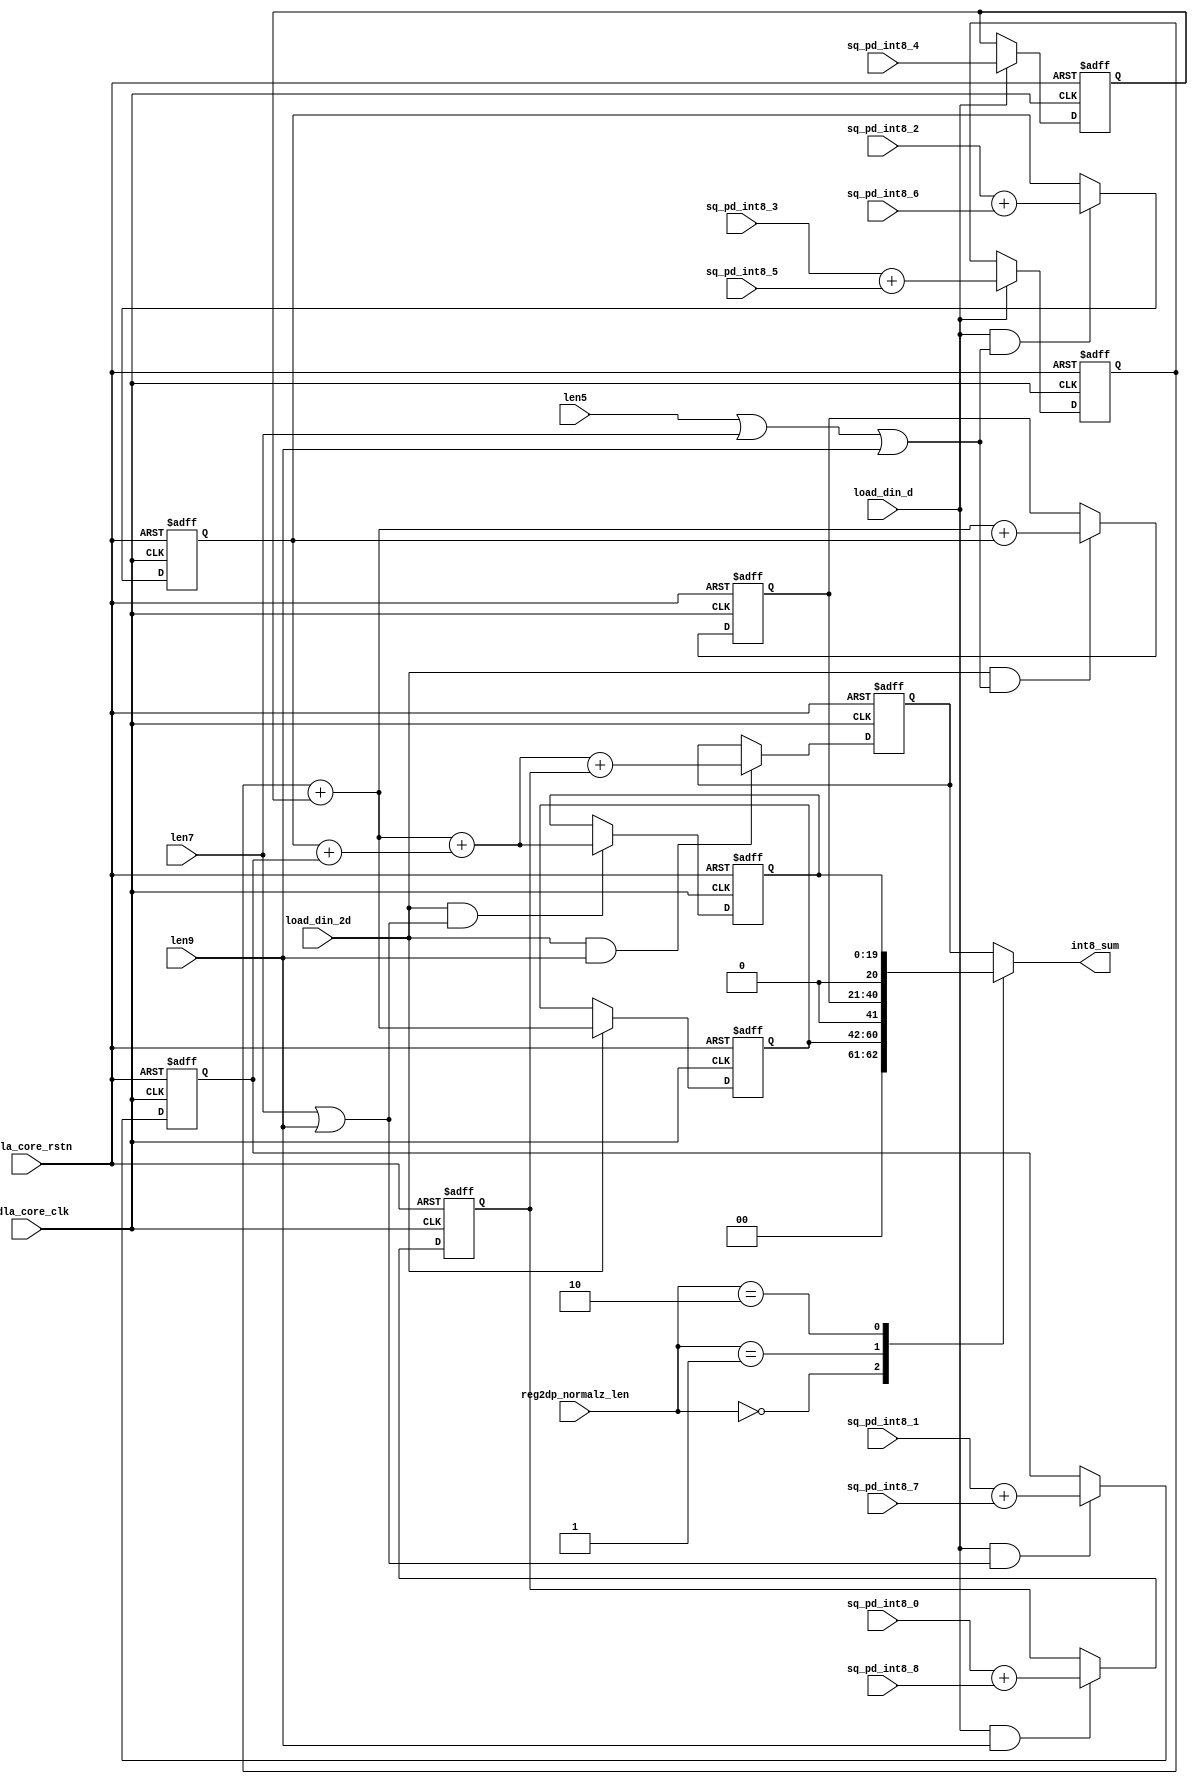
// This program was cloned from: https://github.com/TILOS-AI-Institute/MacroPlacement
// License: BSD 3-Clause "New" or "Revised" License

// ================================================================
// NVDLA Open Source Project
//
// Copyright(c) 2016 - 2017 NVIDIA Corporation. Licensed under the
// NVDLA Open Hardware License; Check "LICENSE" which comes with
// this distribution for more information.
// ================================================================
module int_sum_block_tp1 (
   nvdla_core_clk
  ,nvdla_core_rstn
  ,len5
  ,len7
  ,len9
  ,load_din_2d
  ,load_din_d
  ,reg2dp_normalz_len
  ,sq_pd_int8_0
  ,sq_pd_int8_1
  ,sq_pd_int8_2
  ,sq_pd_int8_3
  ,sq_pd_int8_4
  ,sq_pd_int8_5
  ,sq_pd_int8_6
  ,sq_pd_int8_7
  ,sq_pd_int8_8
  ,int8_sum
  );
/////////////////////////////////////////////
parameter pINT8_BW = 9;
/////////////////////////////////////////////
input nvdla_core_clk;
input nvdla_core_rstn;
input len5;
input len7;
input len9;
input load_din_2d;
input load_din_d;
input [1:0] reg2dp_normalz_len;
input [pINT8_BW*2-2:0] sq_pd_int8_0;
input [pINT8_BW*2-2:0] sq_pd_int8_1;
input [pINT8_BW*2-2:0] sq_pd_int8_2;
input [pINT8_BW*2-2:0] sq_pd_int8_3;
input [pINT8_BW*2-2:0] sq_pd_int8_4;
input [pINT8_BW*2-2:0] sq_pd_int8_5;
input [pINT8_BW*2-2:0] sq_pd_int8_6;
input [pINT8_BW*2-2:0] sq_pd_int8_7;
input [pINT8_BW*2-2:0] sq_pd_int8_8;
output [pINT8_BW*2+2:0] int8_sum;
/////////////////////////////////////////////
reg [pINT8_BW*2+2:0] int8_sum;
reg [pINT8_BW*2:0] int8_sum3;
reg [pINT8_BW*2+1:0] int8_sum5;
reg [pINT8_BW*2+1:0] int8_sum7;
reg [pINT8_BW*2+2:0] int8_sum9;
reg [pINT8_BW*2-1:0] int8_sum_0_8;
reg [pINT8_BW*2-1:0] int8_sum_1_7;
reg [pINT8_BW*2-1:0] int8_sum_2_6;
reg [pINT8_BW*2-1:0] int8_sum_3_5;
reg [pINT8_BW*2-2:0] sq_pd_int8_4_d;
wire [pINT8_BW*2-2:0] sq0;
wire [pINT8_BW*2-2:0] sq1;
wire [pINT8_BW*2-2:0] sq2;
wire [pINT8_BW*2-2:0] sq3;
wire [pINT8_BW*2-2:0] sq5;
wire [pINT8_BW*2-2:0] sq6;
wire [pINT8_BW*2-2:0] sq7;
wire [pINT8_BW*2-2:0] sq8;
/////////////////////////////////////////////
assign sq3 = sq_pd_int8_3;
assign sq5 = sq_pd_int8_5;
assign sq2 = sq_pd_int8_2;
assign sq6 = sq_pd_int8_6;
assign sq1 = sq_pd_int8_1;
assign sq7 = sq_pd_int8_7;
assign sq0 = sq_pd_int8_0;
assign sq8 = sq_pd_int8_8;
//sum process
always @(posedge nvdla_core_clk or negedge nvdla_core_rstn) begin
  if (!nvdla_core_rstn) begin
    int8_sum_3_5 <= {(pINT8_BW*2){1'b0}};
  end else if (load_din_d) begin
    int8_sum_3_5 <= (sq3 + sq5);
  end
end
always @(posedge nvdla_core_clk or negedge nvdla_core_rstn) begin
  if (!nvdla_core_rstn) begin
    int8_sum_2_6 <= {(pINT8_BW*2){1'b0}};
  end else if (load_din_d & (len5|len7|len9)) begin
    int8_sum_2_6 <= (sq2 + sq6);
  end
end
always @(posedge nvdla_core_clk or negedge nvdla_core_rstn) begin
  if (!nvdla_core_rstn) begin
    int8_sum_1_7 <= {(pINT8_BW*2){1'b0}};
  end else if (load_din_d & (len7|len9)) begin
    int8_sum_1_7 <= (sq1 + sq7);
  end
end
always @(posedge nvdla_core_clk or negedge nvdla_core_rstn) begin
  if (!nvdla_core_rstn) begin
    int8_sum_0_8 <= {(pINT8_BW*2){1'b0}};
  end else if (load_din_d & (len9)) begin
    int8_sum_0_8 <= (sq0 + sq8);
  end
end
always @(posedge nvdla_core_clk or negedge nvdla_core_rstn) begin
  if (!nvdla_core_rstn) begin
    sq_pd_int8_4_d <= {(pINT8_BW*2-1){1'b0}};
  end else if (load_din_d) begin
    sq_pd_int8_4_d <= sq_pd_int8_4;
  end
end
always @(posedge nvdla_core_clk or negedge nvdla_core_rstn) begin
  if (!nvdla_core_rstn) begin
    int8_sum3 <= {(pINT8_BW*2+1){1'b0}};
  end else if (load_din_2d ) begin
    int8_sum3 <= (int8_sum_3_5 + {1'b0,sq_pd_int8_4_d});
  end
end
always @(posedge nvdla_core_clk or negedge nvdla_core_rstn) begin
  if (!nvdla_core_rstn) begin
    int8_sum5 <= {(pINT8_BW*2+2){1'b0}};
  end else if (load_din_2d &(len5|len7|len9)) begin
    int8_sum5 <= ((int8_sum_3_5 + {1'b0,sq_pd_int8_4_d}) + {1'b0,int8_sum_2_6});
  end
end
always @(posedge nvdla_core_clk or negedge nvdla_core_rstn) begin
  if (!nvdla_core_rstn) begin
    int8_sum7 <= {(pINT8_BW*2+2){1'b0}};
  end else if (load_din_2d &(len7|len9)) begin
    int8_sum7 <= ((int8_sum_3_5 + {1'b0,sq_pd_int8_4_d}) + (int8_sum_2_6 + int8_sum_1_7));
  end
end
always @(posedge nvdla_core_clk or negedge nvdla_core_rstn) begin
  if (!nvdla_core_rstn) begin
    int8_sum9 <= {(pINT8_BW*2+3){1'b0}};
  end else if (load_din_2d &(len9)) begin
    int8_sum9 <= (((int8_sum_3_5 + {1'b0,sq_pd_int8_4_d}) + (int8_sum_2_6 + int8_sum_1_7)) + {2'd0,int8_sum_0_8});
  end
end
always @(*) begin
    case(reg2dp_normalz_len[1:0])
    2'h0 : begin
        int8_sum = {2'd0,int8_sum3};
    end
    2'h1 : begin
        int8_sum = {1'd0,int8_sum5};
    end
    2'h2 : begin
        int8_sum = {1'b0,int8_sum7};
    end
    default: begin
        int8_sum = int8_sum9;
    end
    endcase
end
endmodule // int_sum_block